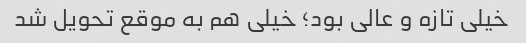
خیلی تازه و عالی بود؛ خیلی هم به موقع تحویل شد